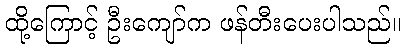
ထို့ကြောင့် ဦးကျော်က ဖန်တီးပေးပါသည်။